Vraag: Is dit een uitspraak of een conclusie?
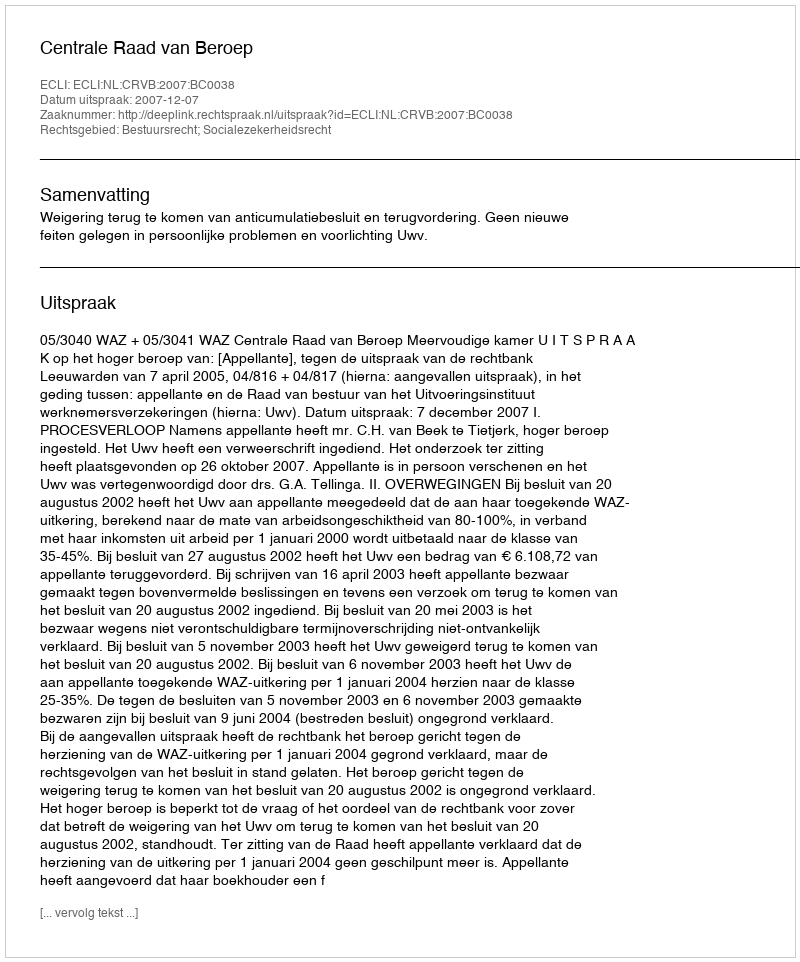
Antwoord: Uitspraak